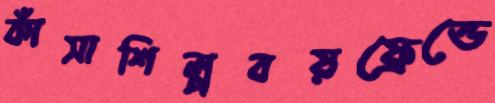
কাঁসাশিল্পবয়ফ্রেন্ডে